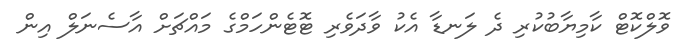
ވޮލްކޮޓް ކާމިޔާބުކުރި ދެ ލަނޑާ އެކު ވާދަވެރި ޓޮޓެންހަމްގެ މައްޗަށް އާސެނަލް އިން